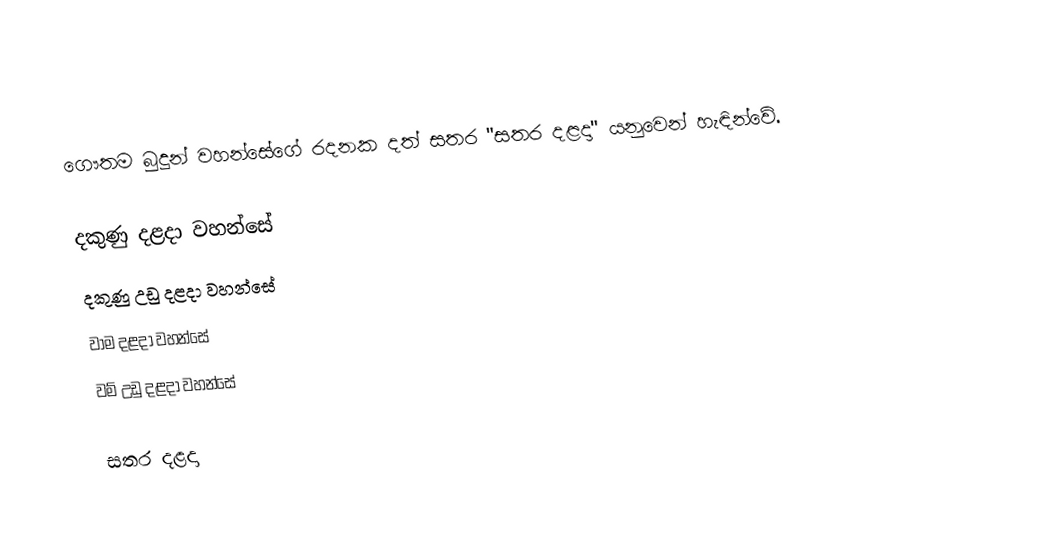
ගෞතම බුදුන් වහන්සේගේ රදනක දත් සතර "සතර දළදා" යනුවෙන් හැඳින්වේ.

 දකුණු දළදා වහන්සේ
 දකුණු උඩු දළදා වහන්සේ
 වාම දළදා වහන්සේ
 වම් උඩු දළදා වහන්සේ

සතර දළදා